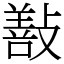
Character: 㪨